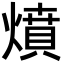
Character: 燌